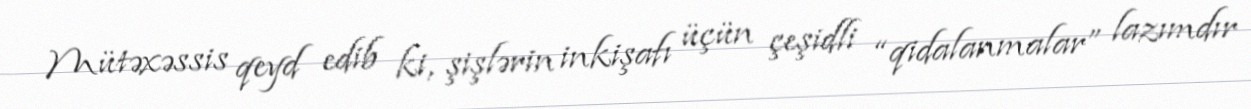
Mütəxəssis qeyd edib ki, şişlərin inkişafı üçün çeşidli “qidalanmalar” lazımdır